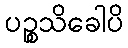
ပဉ္စသိခေါပိ